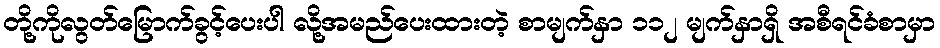
တို့ကိုလွတ်မြောက်ခွင့်ပေးပါ လို့အမည်ပေးထားတဲ့ စာမျက်နှာ ၁၁၂ မျက်နှာရှိ အစီရင်ခံစာမှာ